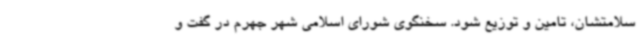
سلامتشان، تامین و توزیع شود. سخنگوی شورای اسلامی شهر جهرم در گفت و